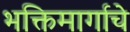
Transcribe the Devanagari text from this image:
भक्तिमार्गाचे